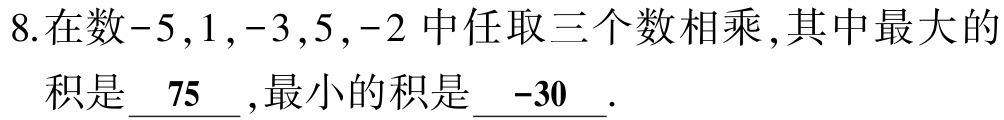
\[

\begin{align*}

A&=\{C,D,E,F,G,H\}\\

B&=\{a\}\\

S&=\{H,F,G,a\}

\end{align*}

\]